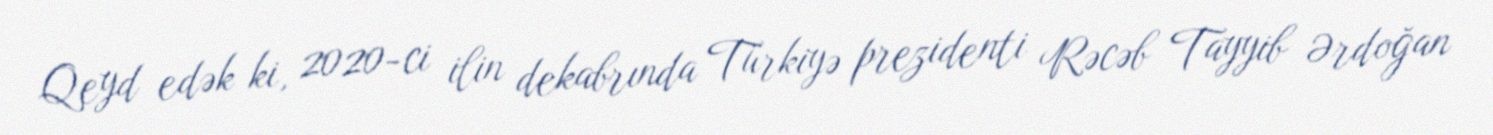
Qeyd edək ki, 2020-ci ilin dekabrında Türkiyə prezidenti Rəcəb Tayyib Ərdoğan